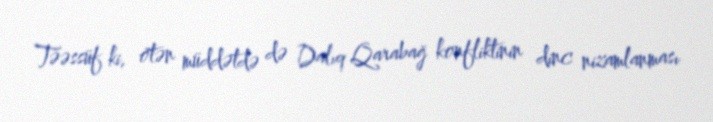
Təəssüf ki, ötən müddətdə də Dalıq Qarabağ konfliktinin dinc nizamlanması